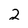
Character: 2